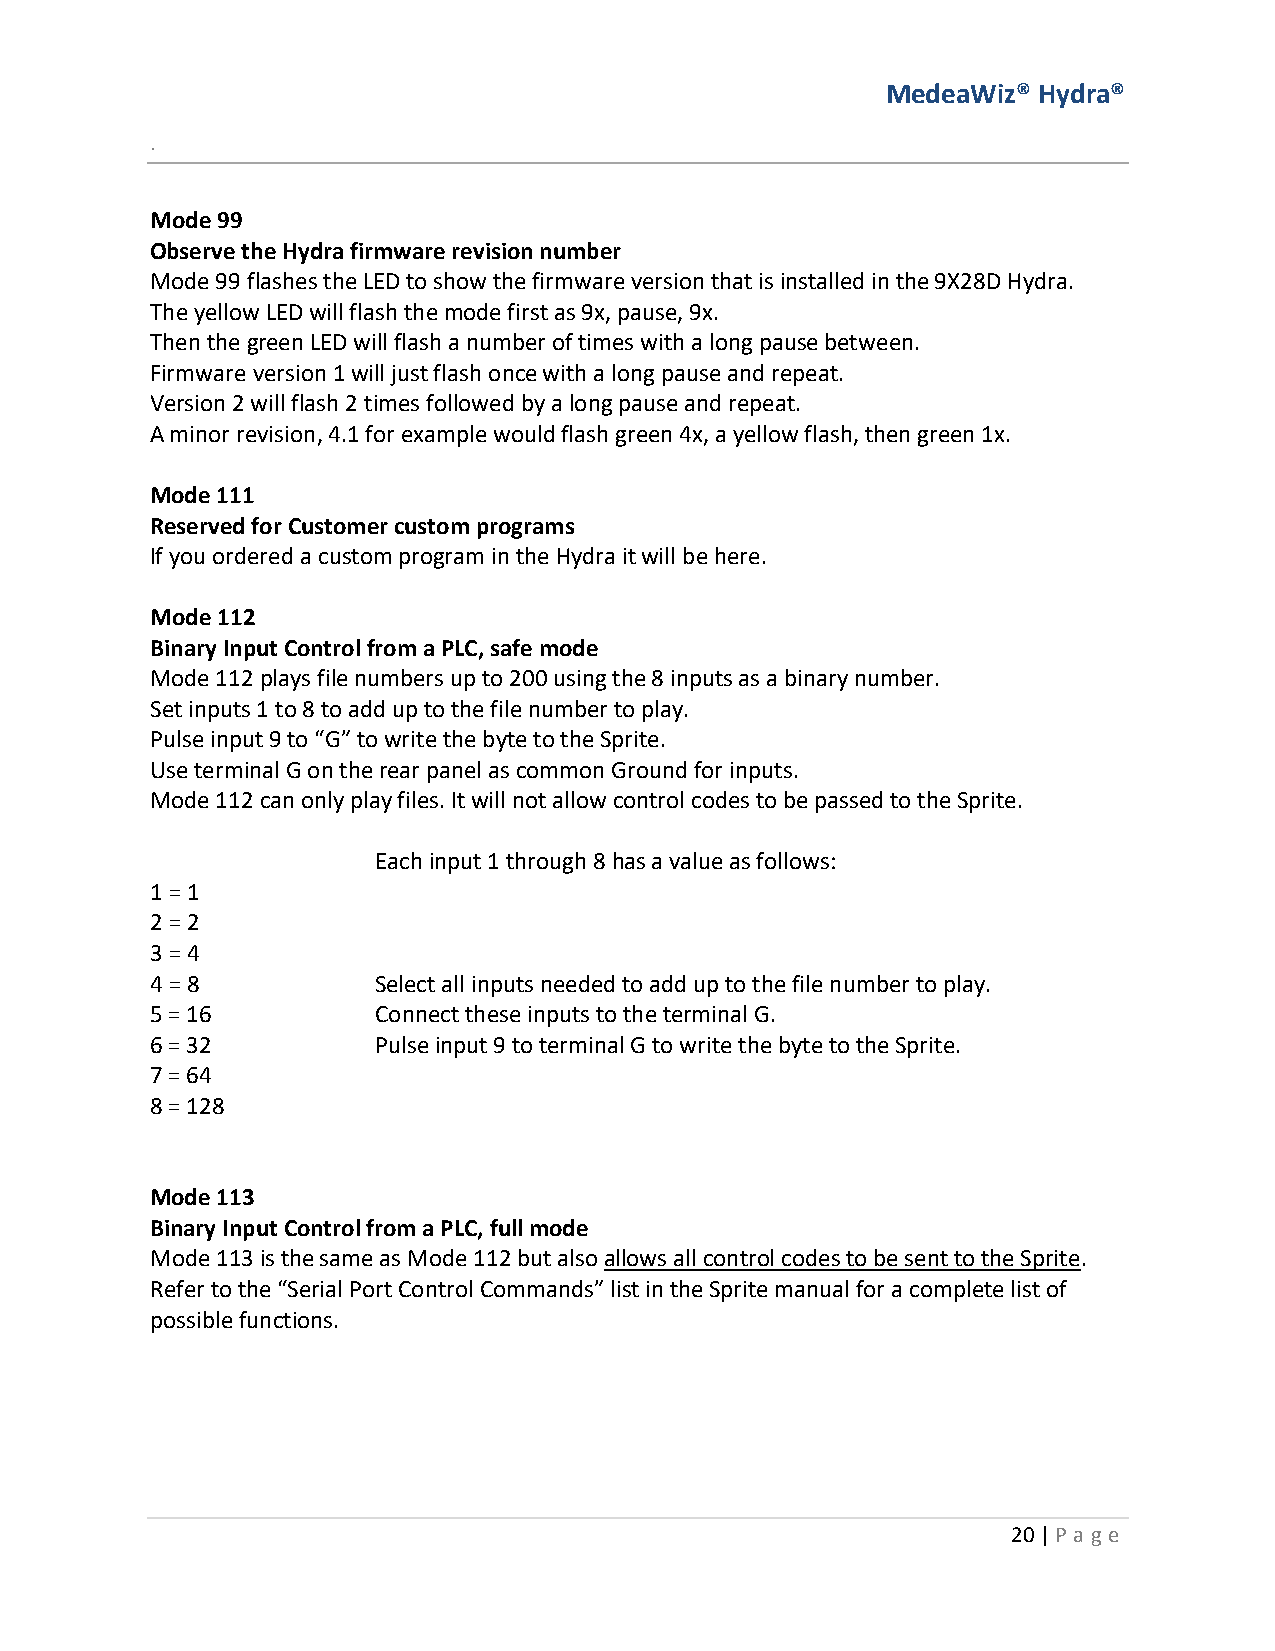
MedeaWiz® Hydra®
 .
 Mode 99
 Observe the Hydra firmware revision number
 Mode 99 flashes the LED to show the firmware version that is installed in the 9X28D Hydra.
 The yellow LED will flash the mode first as 9x, pause, 9x.
 Then the green LED will flash a number of times with a long pause between.
 Firmware version 1 will just flash once with a long pause and repeat.
 Version 2 will flash 2 times followed by a long pause and repeat.
 A minor revision, 4.1 for example would flash green 4x, a yellow flash, then green 1x.
 Mode 111
 Reserved for Customer custom programs
 If you ordered a custom program in the Hydra it will be here.
 Mode 112
 Binary Input Control from a PLC, safe mode
 Mode 112 plays file numbers up to 200 using the 8 inputs as a binary number.
 Set inputs 1 to 8 to add up to the file number to play.
 Pulse input 9 to “G” to write the byte to the Sprite.
 Use terminal G on the rear panel as common Ground for inputs.
 Mode 112 can only play files. It will not allow control codes to be passed to the Sprite.
 Each input 1 through 8 has a value as follows:
 1 = 1
 2 = 2
 3 = 4
 4 = 8          Select all inputs needed to add up to the file number to play.
 5 = 16         Connect these inputs to the terminal G.
 6 = 32         Pulse input 9 to terminal G to write the byte to the Sprite.
 7 = 64
 8 = 128
 Mode 113
 Binary Input Control from a PLC, full mode
 Mode 113 is the same as Mode 112 but also allows all control codes to be sent to the Sprite.
 Refer to the “Serial Port Control Commands” list in the Sprite manual for a complete list of
 possible functions.
 20 | P age